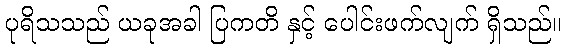
ပုရိသသည် ယခုအခါ ပြကတိ နှင့် ပေါင်းဖက်လျက် ရှိသည်။